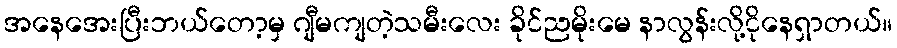
အနေအေးပြီးဘယ်တော့မှ ဂျီမကျတဲ့သမီးလေး ခိုင်ညမိုးမေ နာလွန်းလို့ငိုနေရှာတယ်။